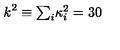
k ^ { 2 } \equiv \textstyle { \sum _ { i } } \kappa _ { i } ^ { 2 } = 3 0